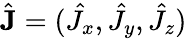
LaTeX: \hat{\mathbf{J}}=(\hat{J_{x}},\hat{J_{y}},\hat{J_{z}})